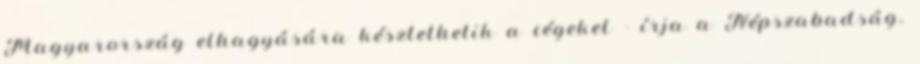
Magyarország elhagyására késztethetik a cégeket - írja a Népszabadság.